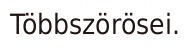
Többszörösei.